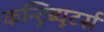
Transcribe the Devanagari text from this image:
कन्ट्रिब्यूटर्स